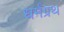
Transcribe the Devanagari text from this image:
धर्मंग्रथ